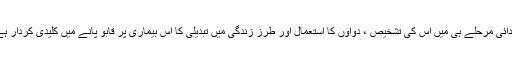
ابتدائی مرحلے ہی میں اس کی تشخیص ، دواؤں کا استعمال اور طرز زندگی میں تبدیلی کا اس بیماری پر قابو پانے میں کلیدی کردار ہے۔